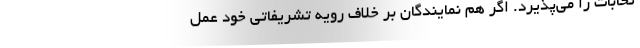
تخابات را می‌پذیرد. اگر هم نمایندگان بر خلاف رویه تشریفاتی خود عمل